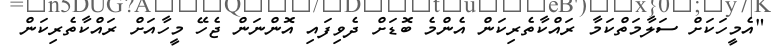
"އެމީހަކަށް ސަލާމަތްކަމާ ރައްކާތެރިކަން އެންމެ ބޮޑަށް ދެވިފައި އޮންނަން ޖެހޭ މީހާއަށް ރައްކާތެރިކަން